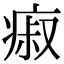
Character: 㾥